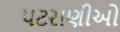
પટરાણીઓ